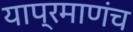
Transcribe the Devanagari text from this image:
याप्रमाणंच